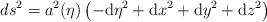
LaTeX: \begin{align*}ds^2= a^2(\eta)\left(-\mathrm{d}\eta^2 + \mathrm{d}x^2 +\mathrm{d}y^2 + \mathrm{d}z^2 \right)\end{align*}